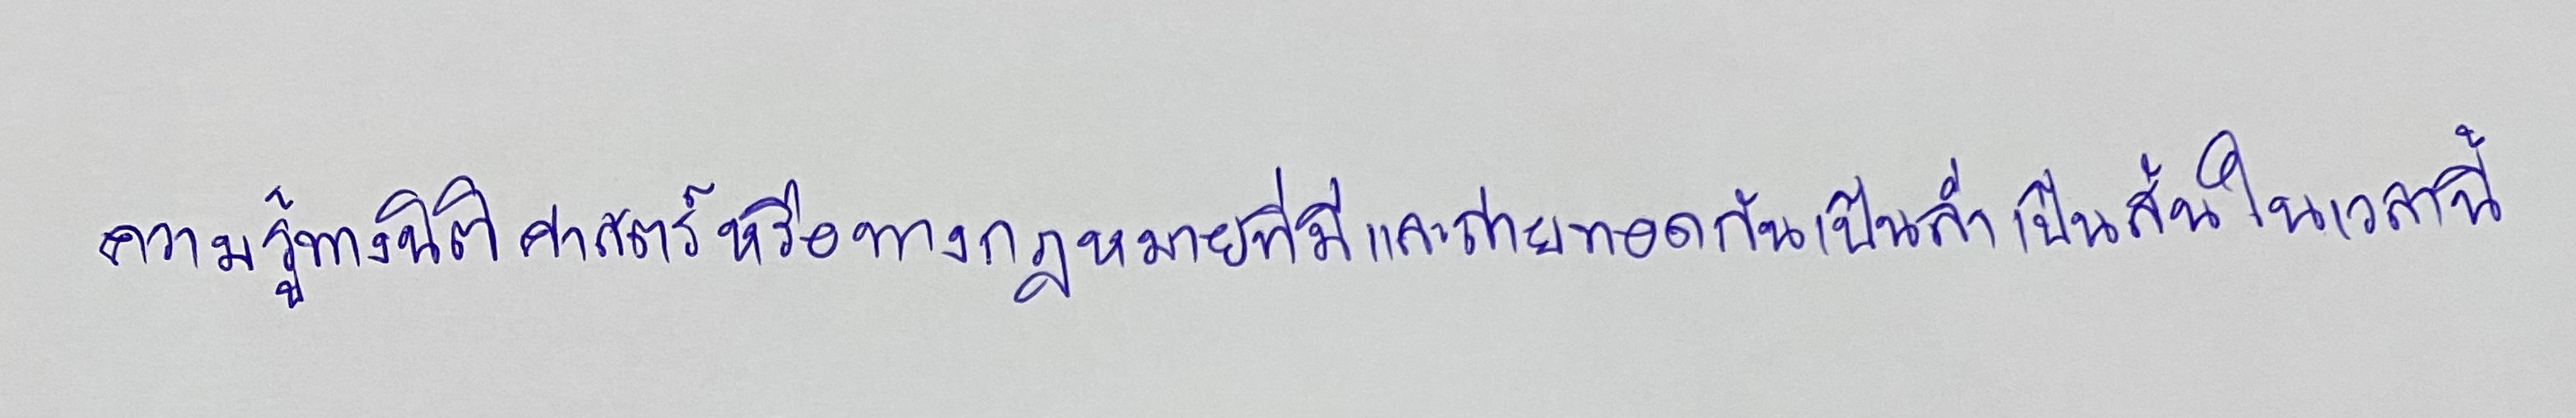
ความรู้ทางนิติศาสตร์หรือทางกฎหมายที่มีและถ่ายทอดกันเป็นล่ำเป็นสันในเวลานี้